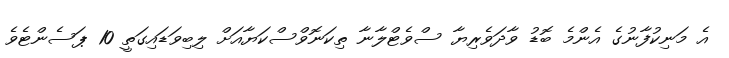
އެ މަނިކުފާނުގެ އެންމެ ބޮޑު ވާދަވެރިޔާ ސްވެޓްލާނާ ތިކަނޮވްސްކަޔާއަށް ލިބިވަޑައިގަތީ 10 ޕަސެންޓެވެ